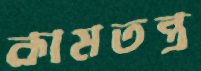
কামতন্ত্র